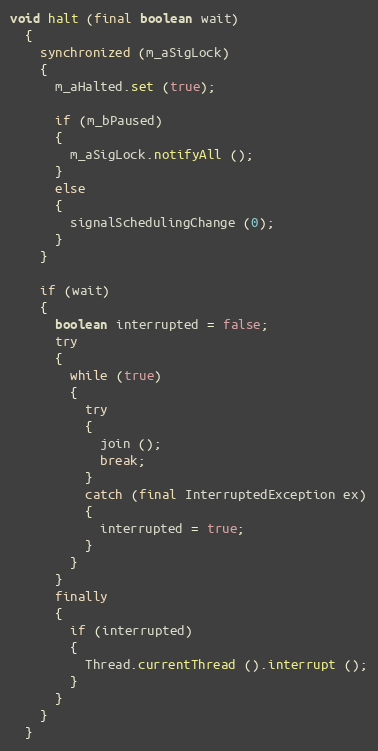
Language: Java
void halt (final boolean wait)
  {
    synchronized (m_aSigLock)
    {
      m_aHalted.set (true);

      if (m_bPaused)
      {
        m_aSigLock.notifyAll ();
      }
      else
      {
        signalSchedulingChange (0);
      }
    }

    if (wait)
    {
      boolean interrupted = false;
      try
      {
        while (true)
        {
          try
          {
            join ();
            break;
          }
          catch (final InterruptedException ex)
          {
            interrupted = true;
          }
        }
      }
      finally
      {
        if (interrupted)
        {
          Thread.currentThread ().interrupt ();
        }
      }
    }
  }